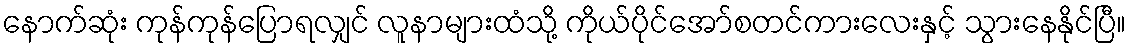
နောက်ဆုံး ကုန်ကုန်ပြောရလျှင် လူနာများထံသို့ ကိုယ်ပိုင်အော်စတင်ကားလေးနှင့် သွားနေနိုင်ပြီ။